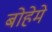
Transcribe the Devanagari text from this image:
बोहेमे